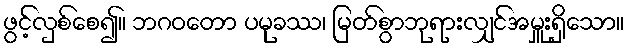
ဖွင့်လှစ်စေ၍။ ဘဂဝတော ပမုခဿ၊ မြတ်စွာဘုရားလျှင်အမှူးရှိသော။